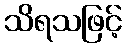
သိရသဖြင့်